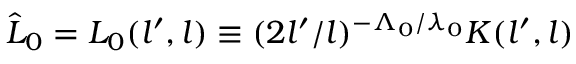
\hat { L } _ { 0 } = L _ { 0 } ( l ^ { \prime } , l ) \equiv ( 2 l ^ { \prime } / l ) ^ { - \Lambda _ { 0 } / \lambda _ { 0 } } K ( l ^ { \prime } , l )